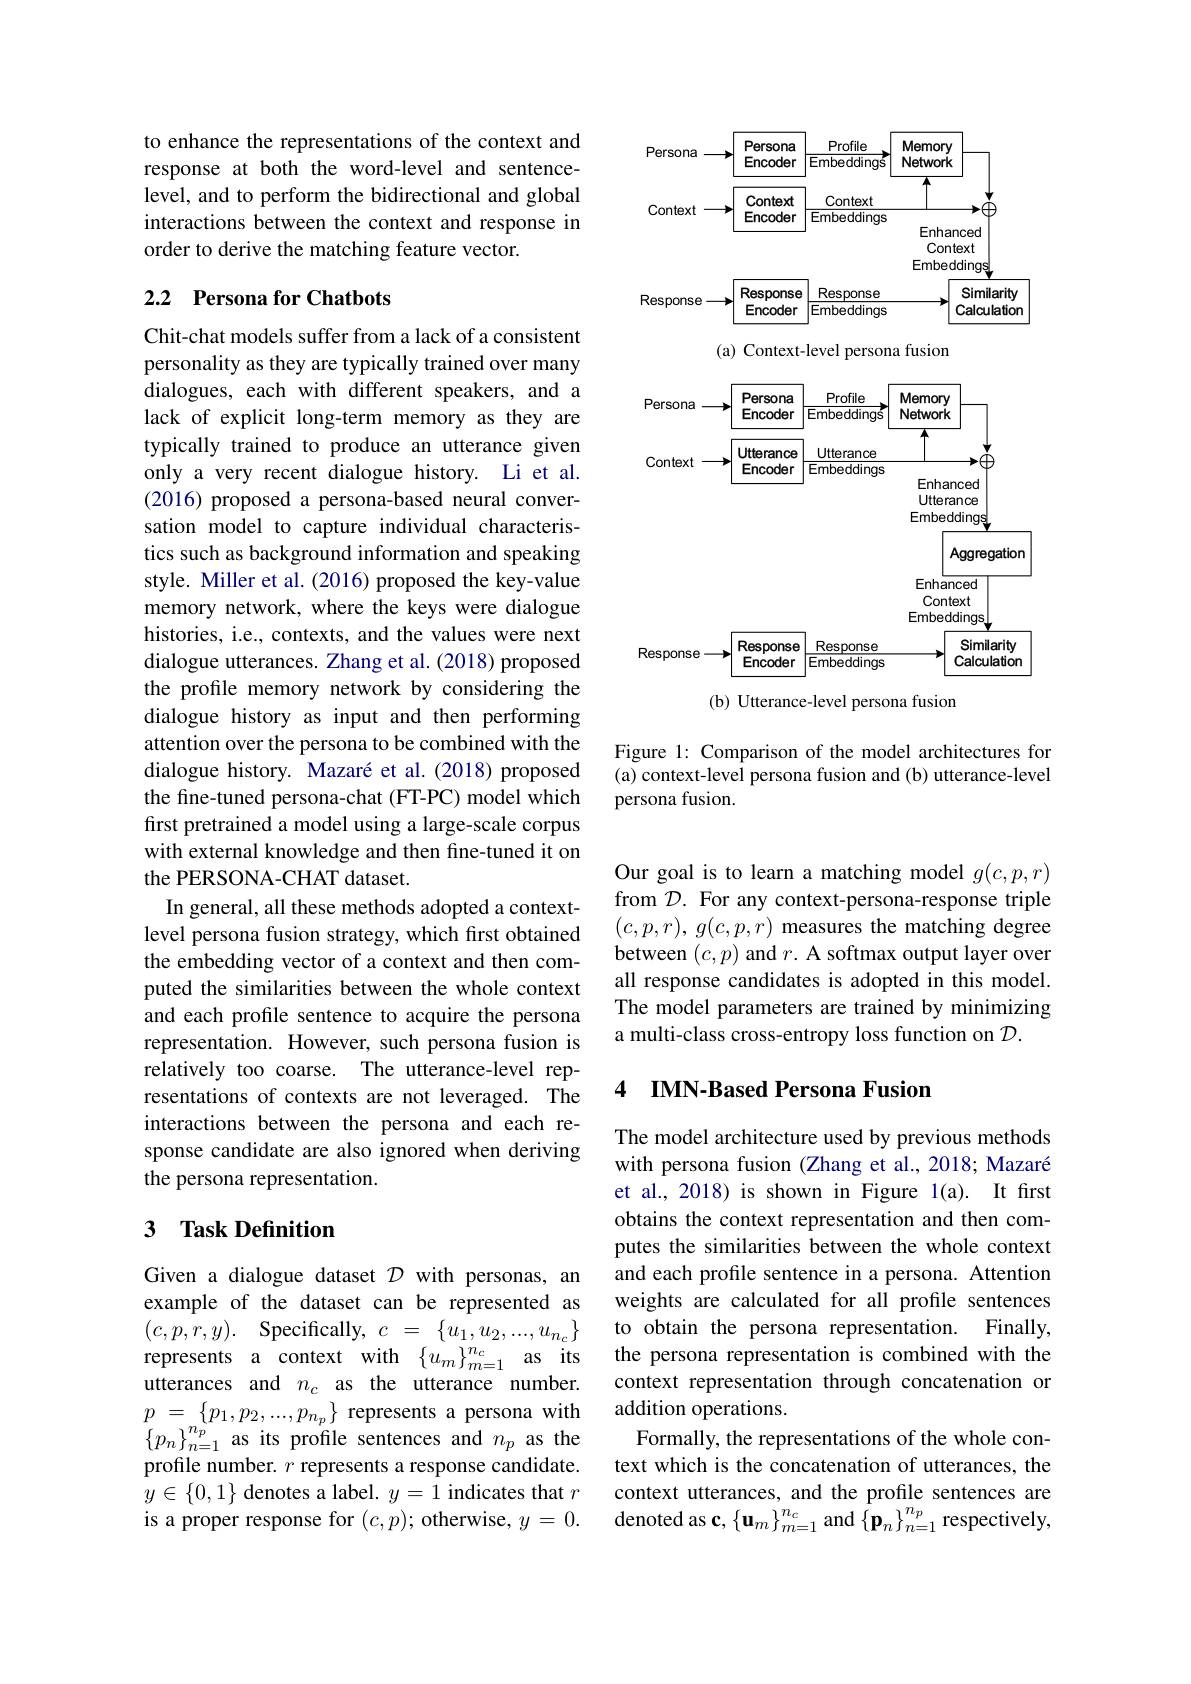
to enhance the representations of the context and response at both the word-level and sentencelevel, and to perform the bidirectional and global interactions between the context and response in order to derive the matching feature vector.

### 2.2 Persona for Chatbots

Chit-chat models suffer from a lack of a consistent personality as they are typically trained over many dialogues, each with different speakers, and a lack of explicit long-term memory as they are typically trained to produce an utterance given only a very recent dialogue history. Li et al. (2016) proposed a persona-based neural conversation model to capture individual characteristics such as background information and speaking style. Miller et al. (2016) proposed the key-value memory network, where the keys were dialogue histories, i.e., contexts, and the values were next dialogue utterances. Zhang et al. (2018) proposed the profile memory network by considering the dialogue history as input and then performing attention over the persona to be combined with the dialogue history. Mazaré et al.(2018) proposed the fine-tuned persona-chat (FT-PC) model which first pretrained a model using a large-scale corpus with external knowledge and then fine-tuned it on the PERSONA-CHAT dataset.
In general, all these methods adopted a contextlevel persona fusion strategy, which first obtained the embedding vector of a context and then computed the similarities between the whole context and each profile sentence to acquire the persona representation. However, such persona fusion is relatively too coarse. The utterance-level representations of contexts are not leveraged. The interactions between the persona and each response candidate are also ignored when deriving the persona representation.

## 3 Task Definition

Given a dialogue dataset $\mathcal{D}$ with personas, an example of the dataset can be represented as $( c, p, r, y) .$ Specifically,$c=\{u_1,u_2,...,u_{n_c}\}$ represents a context with $\{ u_{m}\} _{m= 1}^{n_{c}}$ as its utterances and $n_c$ as the utterance number. $\begin{array}{l}{p\:=\:\{p_{1},p_{2},\ldots,p_{n_{p}}\}\:\text{represents a persona with}}\\{\{p_{n}\}_{n=1}^{n_{p}}\:\text{as its profile sentences and }n_{p}\:\text{as the}}\\\end{array}$ profile number. $r$ represents a response candidate. $y\in\{0,1\}$ denotes a label. $y=1$ indicates that $r$ is a proper response for $(c,p);$ otherwise, $y=0.$

<FigureHere>

Figure 1: Comparison of the model architectures for (a) context-level persona fusion and (b) utterance-level persona fusion.

Our goal is to learn a matching model $g(c,p,r)$ from $\mathcal{D}.$ For any context-persona-response triple $(c,p,r),g(c,p,r)$ measures the matching degree between $(c,p)$ and $r.$ A softmax output layer over all response candidates is adopted in this model. The model parameters are trained by minimizing a multi-class cross-entropy loss function on $\mathcal{D}.$

## 4 IMN-Based Persona Fusion

The model architecture used by previous methods with persona fusion (Zhang et al., 2018; Mazaré et al., 2018) is shown in Figure 1(a). It first obtains the context representation and then computes the similarities between the whole context and each profile sentence in a persona. Attention weights are calculated for all profile sentences to obtain the persona representation. Finally, the persona representation is combined with the context representation through concatenation or addition operations.
Formally, the representations of the whole context which is the concatenation of utterances, the context utterances, and the profile sentences are denoted as c, $\left\{\mathbf{u}_{m}\right\}_{m=1}^{n_{c}}$ and $\left\{\mathbf{p}_{n}\right\}_{n=1}^{n_{p}}$ respectively,